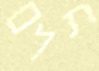
תלם